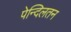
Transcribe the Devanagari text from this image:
पेन्दिलतन